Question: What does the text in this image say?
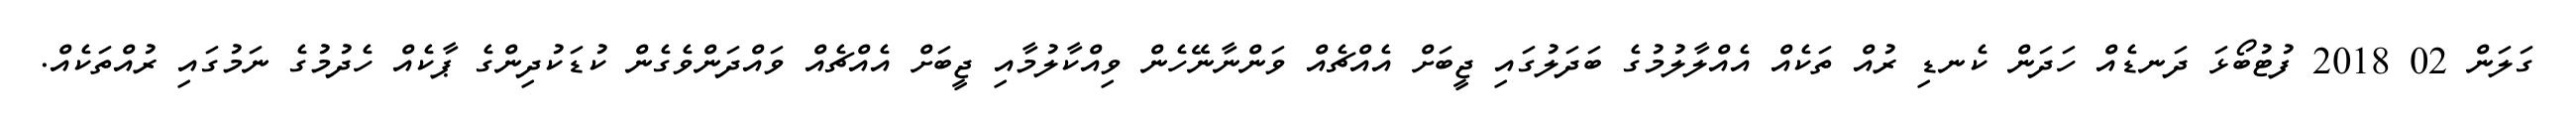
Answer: ގަލަން 02 2018 ފުޓުބޯޅަ ދަނޑެއް ހަދަން ކެނޑި ރުއް ތަކެއް އެއްލާލުމުގެ ބަދަލުގައި ޖީބަށް އެއްޗެއް ވަންނާނޭހެން ވިއްކާލުމާއި ޖީބަށް އެއްޗެއް ވައްދަންވެގެން ކުޑަކުދިންގެ ޕާކެއް ހެދުމުގެ ނަމުގައި ރުއްތަކެއް.